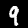
Digit: 9